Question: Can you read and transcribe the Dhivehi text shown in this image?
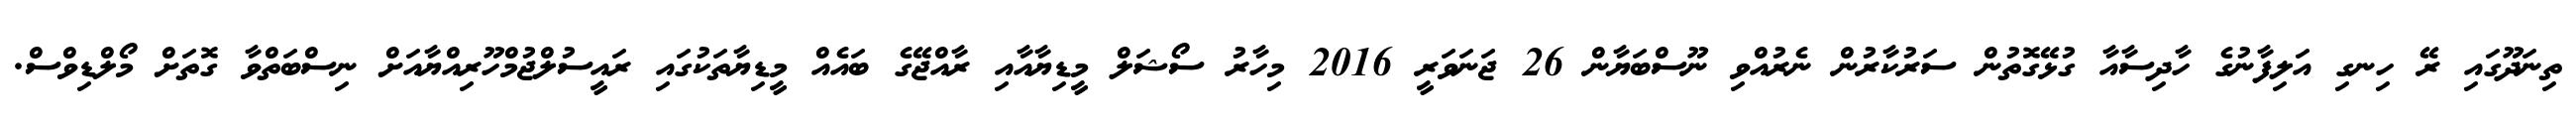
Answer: ތިނަދޫގައި ރޭ ހިނގި އަލިފާނުގެ ހާދިސާއާ ގުޅޭގޮތުން ސަރުކާރުން ނެރުއްވި ނޫސްބަޔާން 26 ޖަނަވަރީ 2016 މިހާރު ސޯޝަލް މީޑިޔާއާއި ރާއްޖޭގެ ބައެއް މީޑިޔާތަކުގައި ރައީސުލްޖުމްހޫރިއްޔާއަށް ނިސްބަތްވާ ގޮތަށް މޯލްޑިވްސް.